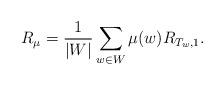
LaTeX: \begin{align*}R_\mu=\frac 1{|W|} \sum_{w\in W} \mu(w) R_{T_w,1}.\end{align*}